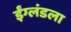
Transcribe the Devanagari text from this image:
ईंग्लंडला